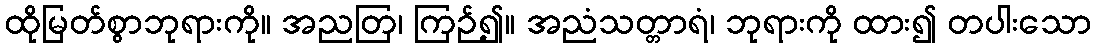
ထိုမြတ်စွာဘုရားကို။ အညတြ၊ ကြဉ်၍။ အညံသတ္တာရံ၊ ဘုရားကို ထား၍ တပါးသော